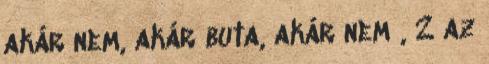
akár nem, akár buta, akár nem , 2 az